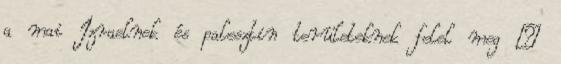
a mai Izraelnek és palesztin területeknek felel meg –